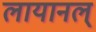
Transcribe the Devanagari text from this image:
लायानल्